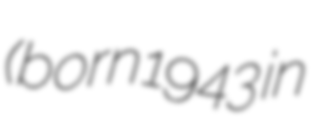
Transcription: (born 1943 in